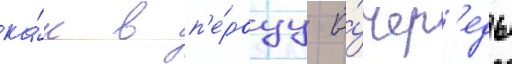
ка́к в п'е́рвуу о́чер'едь